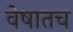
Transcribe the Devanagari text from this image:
वेषातच